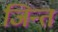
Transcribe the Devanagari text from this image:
जिन्त